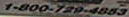
1-800-728-4853